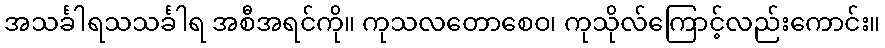
အသင်္ခါရသသင်္ခါရ အစီအရင်ကို။ ကုသလတောစေဝ၊ ကုသိုလ်ကြောင့်လည်းကောင်း။